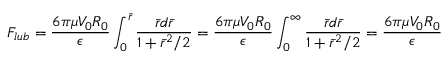
F _ { l u b } = \frac { 6 { \pi } { \mu } V _ { 0 } R _ { 0 } } { \epsilon } \int _ { 0 } ^ { \bar { r } } \frac { \bar { r } d \bar { r } } { 1 + \bar { r } ^ { 2 } / 2 } = \frac { 6 { \pi } { \mu } V _ { 0 } R _ { 0 } } { \epsilon } \int _ { 0 } ^ { \infty } \frac { \bar { r } d \bar { r } } { 1 + \bar { r } ^ { 2 } / 2 } = \frac { 6 { \pi } { \mu } V _ { 0 } R _ { 0 } } { \epsilon }